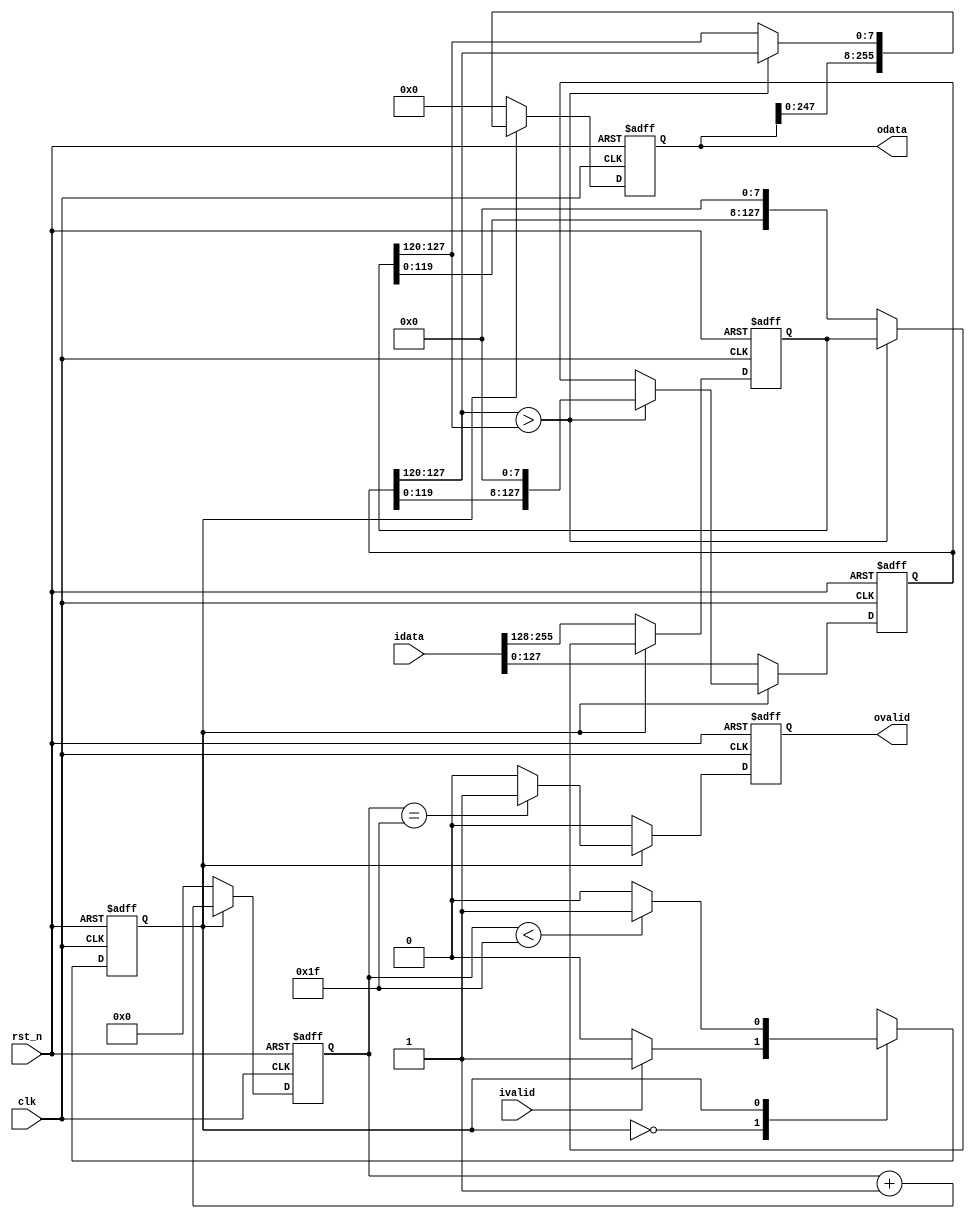
`timescale 1ns / 1ps
module level_5_gen #(
    parameter DATA_WIDTH=8
)(
    input clk,
    input rst_n,
    input [32*DATA_WIDTH-1:0] idata,
    input ivalid,
    output reg [32*DATA_WIDTH-1:0] odata,
    output reg ovalid
    );
    
    localparam S1 =1'b0;
    localparam S2 =1'b1;
    
    reg cs,ns;
    reg [16*DATA_WIDTH-1:0] buffer1,buffer2;
    reg [4:0] cnt;
    
    always@(posedge clk or negedge rst_n)begin
        if(!rst_n)
            cs <= S1;
        else
            cs <= ns;
    end
    
    always@(*)begin
        case(cs)
            S1:begin
                if(ivalid)
                    ns = S2;
                else
                    ns = S1;
            end
            S2:begin
                if(cnt<31)
                    ns = S2;
                else
                    ns = S1;
            end
        endcase
    end
    
    always@(posedge clk or negedge rst_n)begin
        if(!rst_n)begin
            odata <= 'd0;
            buffer1 <= 'd0;
            buffer2 <= 'd0;
            ovalid <= 'b0;
            cnt <= 'd0;
        end
        else if(cs == S1)begin
            odata <= 'd0;
            buffer1 <= idata[0*DATA_WIDTH+:16*DATA_WIDTH];
            buffer2 <= idata[16*DATA_WIDTH+:16*DATA_WIDTH];
            ovalid <= 'b0;
            cnt <= 'd0;
        end
        else begin
            if(cnt == 31)
                ovalid <= 'b1;
            else
                ovalid <= 'b0;
            cnt <= cnt + 1;
            if(buffer1[15*DATA_WIDTH+:DATA_WIDTH]>buffer2[15*DATA_WIDTH+:DATA_WIDTH])begin
                odata <= {odata[0+:31*DATA_WIDTH],buffer1[15*DATA_WIDTH+:DATA_WIDTH]};
                buffer1 <= buffer1 << DATA_WIDTH;
            end
            else begin
                odata <= {odata[0+:31*DATA_WIDTH],buffer2[15*DATA_WIDTH+:DATA_WIDTH]};
                buffer2 <= buffer2 << DATA_WIDTH;
            end
        end
    end
    
endmodule